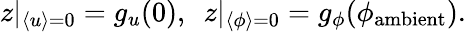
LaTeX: \begin{array}{r}{z|_{\langle u\rangle=0}=g_{u}(0),\ \ z|_{\langle\phi\rangle=0}=g_{\phi}(\phi_{\mathrm{ambient}}).}\end{array}